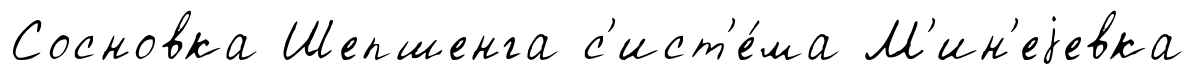
Сосновка Шепшенга с'ист'е́ма М'ин'еjевка